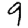
Digit: 9